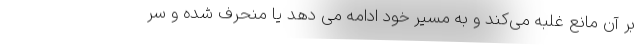
بر آن مانع غلبه می‌کند و به مسیر خود ادامه می دهد یا منحرف شده و سر